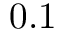
0 . 1